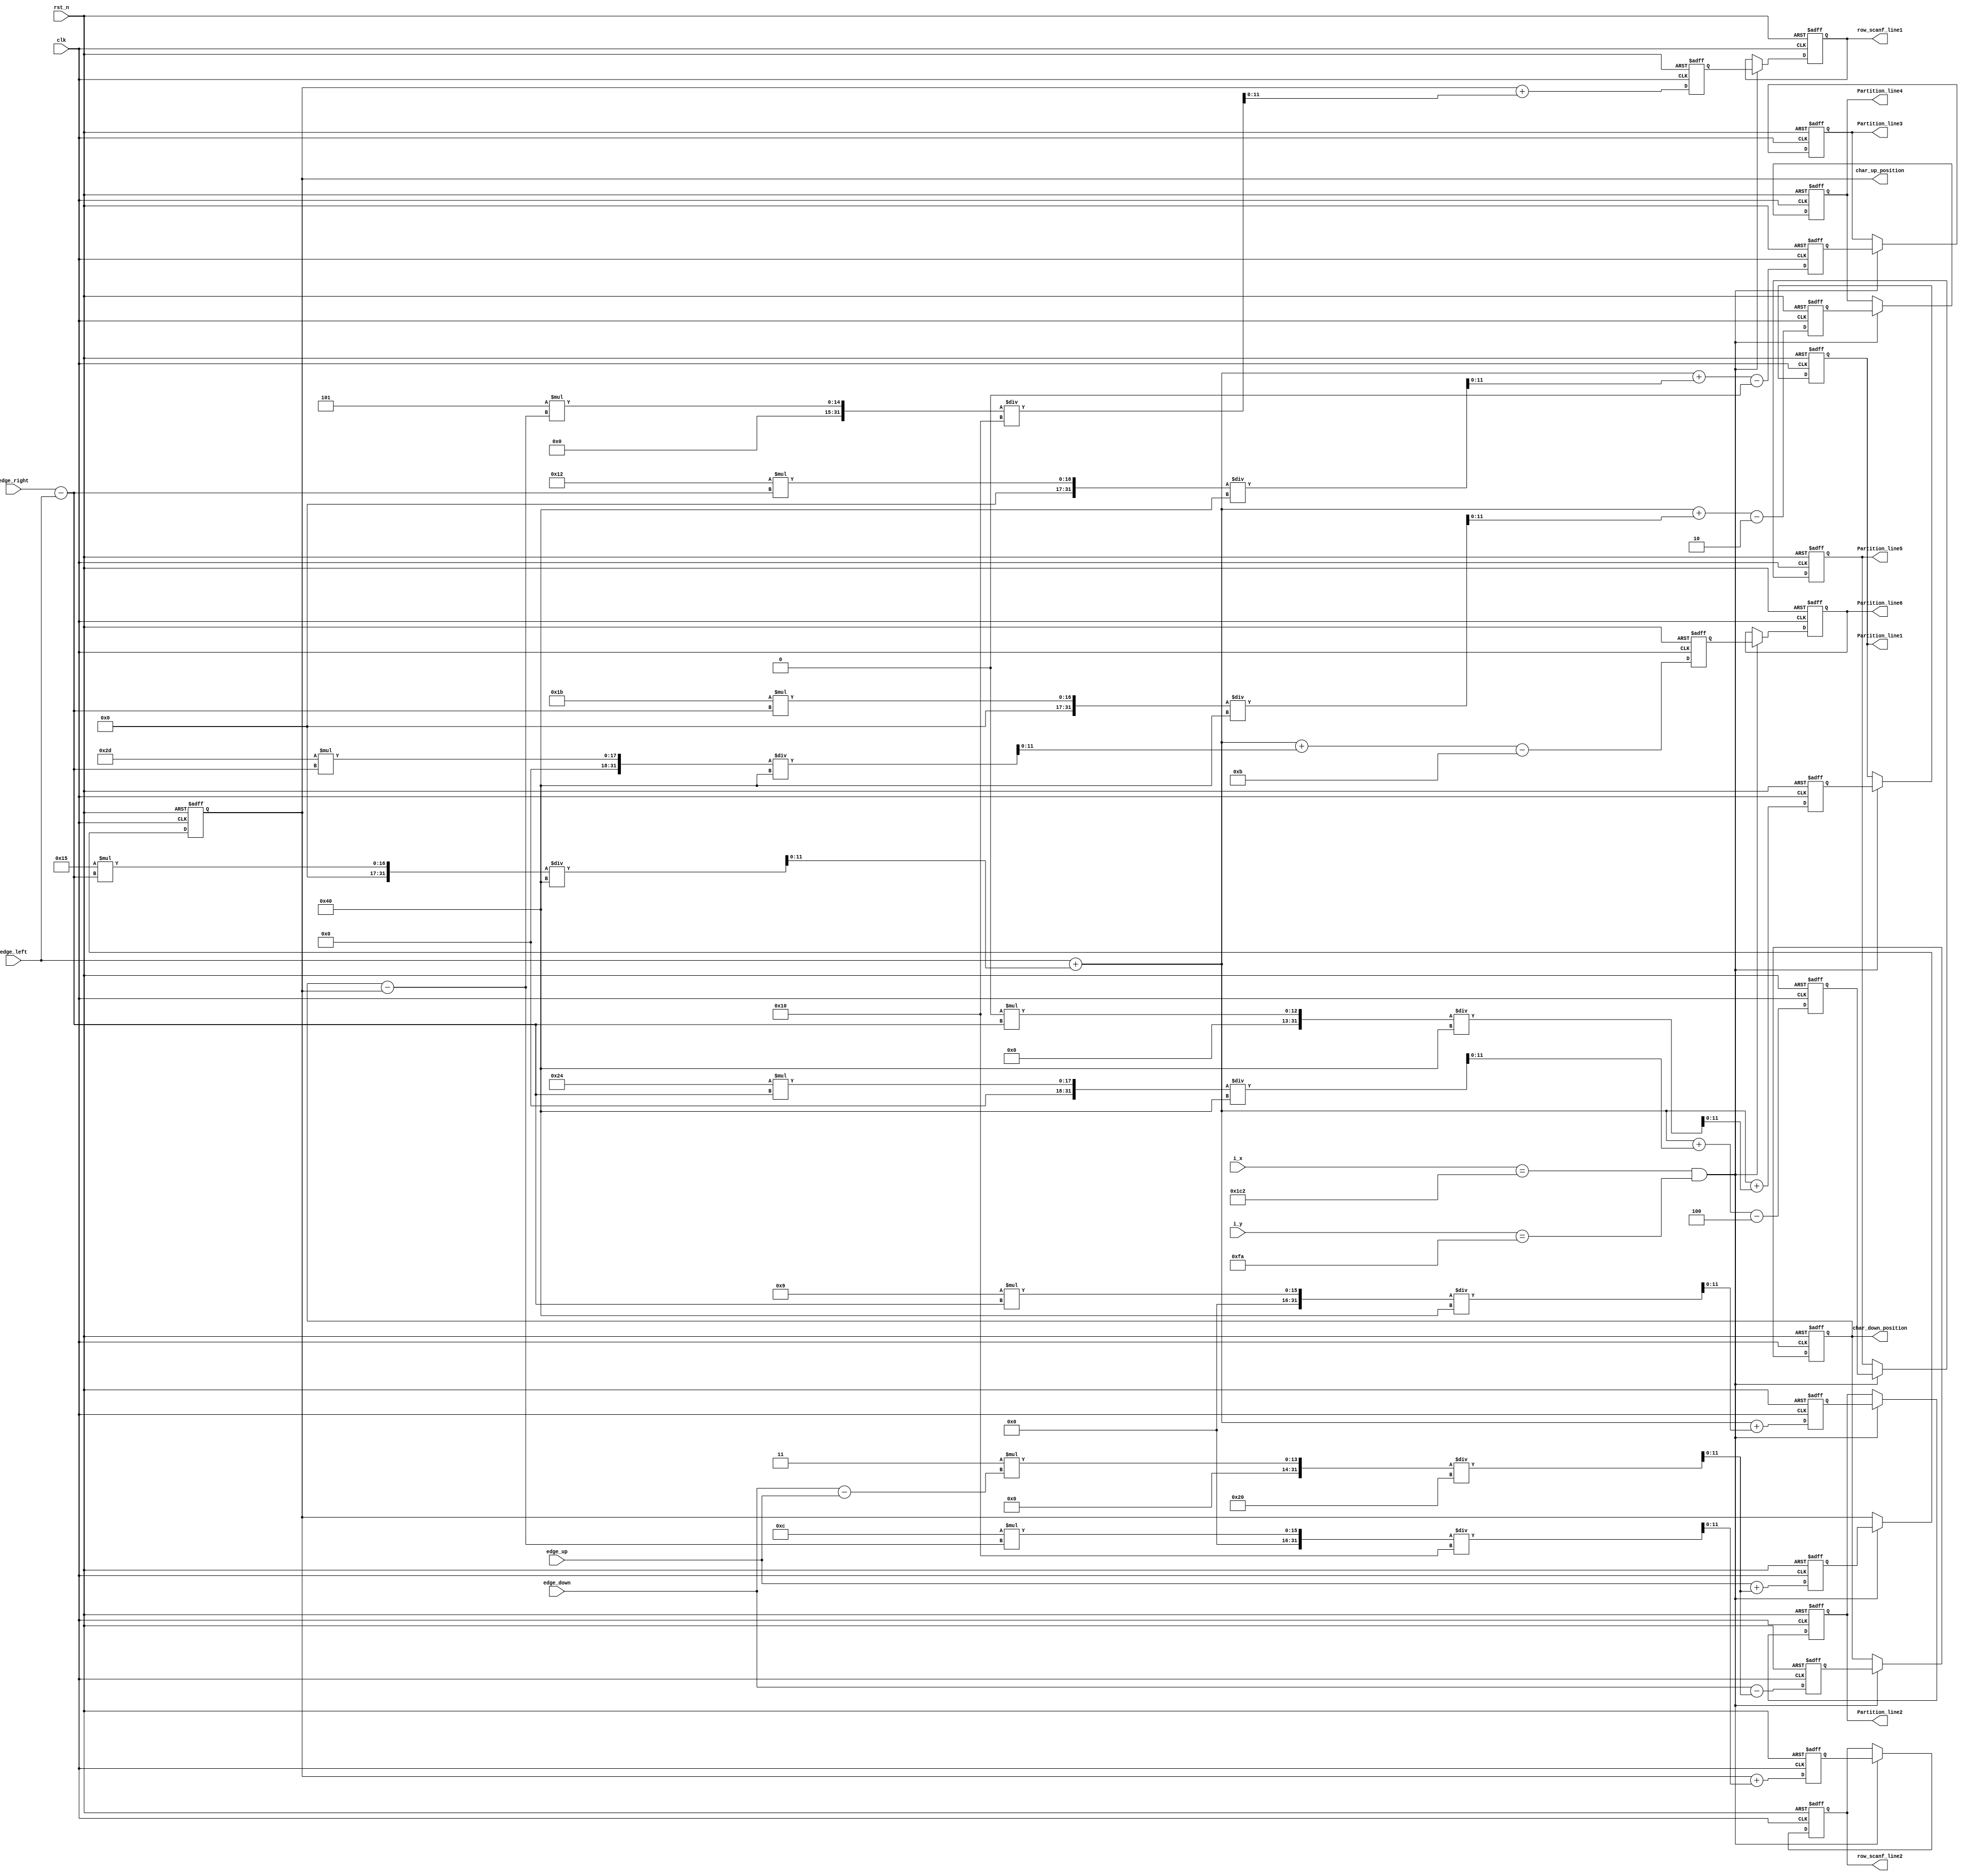
module Char_Division
(
	input                   rst_n,   
	input                   clk,

	input		[11:0]		i_x,        // video position X
	input		[11:0]		i_y,         // video position y
	
	input		[11:0]		edge_left,
	input		[11:0]		edge_up,
	input		[11:0]		edge_down	,
	input		[11:0]		edge_right	,
	
	output	reg	[11:0]		char_up_position,	
	output	reg	[11:0]		char_down_position,

	output	reg	[11:0]		row_scanf_line1,
	output	reg	[11:0]		row_scanf_line2,	
	
	output	reg	[11:0]		Partition_line1,
	output	reg	[11:0]		Partition_line2,
	output	reg	[11:0]		Partition_line3,
	output	reg	[11:0]		Partition_line4,
	output	reg	[11:0]		Partition_line5,
	output	reg	[11:0]		Partition_line6

);

wire	[11:0]	image_width		=	edge_right	-	edge_left;
wire	[11:0]	image_height	=	edge_down	-	edge_up;
wire	[11:0]	char_height	=	char_down_position	-	char_up_position	;

wire	[11:0] 	x_cnt	=	i_x;
wire	[11:0]	y_cnt	=	i_y;

wire	vaule_output	=	(	x_cnt	==	450	&&	y_cnt	==	250	);

reg	[11:0]		Partition_line1_reg;
reg	[11:0]		Partition_line2_reg;
reg	[11:0]		Partition_line3_reg;
reg	[11:0]		Partition_line4_reg;
reg	[11:0]		Partition_line5_reg;
reg	[11:0]		Partition_line6_reg;
reg	[11:0]		char_up_position_reg;	
reg	[11:0]		char_down_position_reg;
reg	[11:0]		row_scanf_line1_reg;
reg	[11:0]		row_scanf_line2_reg;




always@(posedge clk,negedge rst_n)
begin
	if( !rst_n )
		begin
			Partition_line1_reg		<=	'b0;
			Partition_line2_reg		<=	'b0;
			Partition_line3_reg		<=	'b0;
			Partition_line4_reg		<=	'b0;
			Partition_line5_reg		<=	'b0;
		    Partition_line6_reg		<=	'b0;
			char_up_position_reg	<=	'b0;	
			char_down_position_reg	<=	'b0;
			row_scanf_line1_reg		<=	'b0;
            row_scanf_line2_reg		<=	'b0;
			
		end
	else 
		begin
			Partition_line1_reg		<=	edge_left	+	21*image_width/64	+	0*9*image_width/64	;
			Partition_line2_reg		<=	edge_left	+	21*image_width/64	+	1*9*image_width/64	;
			Partition_line3_reg		<=	edge_left	+	21*image_width/64	+	2*9*image_width/64	-0;
			Partition_line4_reg		<=	edge_left	+	21*image_width/64	+	3*9*image_width/64	-2;
			Partition_line5_reg		<=	edge_left	+	21*image_width/64	+	4*9*image_width/64	-4;
		    Partition_line6_reg		<=	edge_left	+	21*image_width/64	+	5*9*image_width/64	-11;
			
			char_up_position_reg	<=	edge_up		+	3*image_height/32;
			char_down_position_reg	<=	edge_down	-	3*image_height/32;
			row_scanf_line1_reg		<=	char_up_position	+	5*char_height/16	;
            row_scanf_line2_reg		<=	char_up_position	+	12*char_height/16	;
			
			
		end
end


always@(posedge clk,negedge rst_n)
begin
	if(!rst_n)
		begin
			Partition_line1		<=	'b0;
			Partition_line2		<=	'b0;
			Partition_line3		<=	'b0;
			Partition_line4		<=	'b0;
			Partition_line5		<=	'b0;
		    Partition_line6		<=	'b0;
			char_up_position	<=	'b0;
			char_down_position	<=	'b0;
			row_scanf_line1		<=	'b0;
			row_scanf_line2		<=	'b0;			
		end
	else if(vaule_output)
		begin
			Partition_line1		<=	Partition_line1_reg;
			Partition_line2		<=	Partition_line2_reg;
			Partition_line3		<=	Partition_line3_reg;
			Partition_line4		<=	Partition_line4_reg;
			Partition_line5		<=	Partition_line5_reg;
		    Partition_line6		<=	Partition_line6_reg;
			char_up_position	<=	char_up_position_reg;
			char_down_position	<=	char_down_position_reg;
			row_scanf_line1		<=	row_scanf_line1_reg;
			row_scanf_line2		<=	row_scanf_line2_reg;			
			
		end
end

endmodule